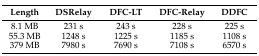
| Length | DSRelay | DFC-LT | DFC-Relay | DDFC |
 | --- | --- | --- | --- | --- |
 | 8.1 MB | 231 s | 243 s | 228 s | 225 s |
 | 55.3 MB | 1248 s | 1225 s | 1185 s | 1108 s |
 | 379 MB | 7980 s | 7690 s | 7108 s | 6570 s |